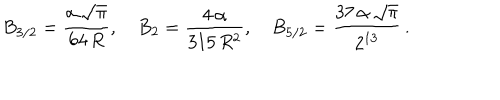
B _ { 3 / 2 } = \frac { \alpha \, \sqrt \pi } { 6 4 \, R } , \quad B _ { 2 } = \frac { 4 \, \alpha } { 3 1 5 \, R ^ { 2 } } , \quad B _ { 5 / 2 } = \frac { 3 7 \, \alpha \, \sqrt \pi } { 2 ^ { 1 3 } } \, { . }